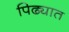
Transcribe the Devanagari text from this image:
पिढ्यात